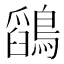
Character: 𪅎